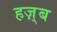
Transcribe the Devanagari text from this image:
हज़्ब